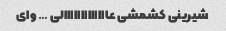
شیرینی کشمشی عااااااااااااالی … وای